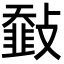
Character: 𩐅